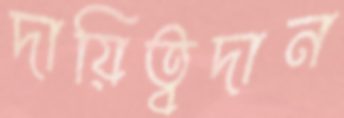
দায়িত্বদান